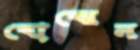
বোঝেন